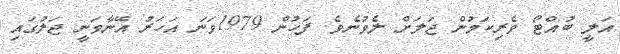
އަލީ ބުއްޓޯ ވެރިކަމުން ޖަލަށް ލެވުނެވެ. ފަހުން 1979ވަނަ އަހަރު އޭނާވަނީ ޖަލުގައި